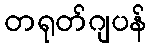
တရုတ်ဂျပန်